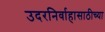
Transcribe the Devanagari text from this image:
उदरनिर्वाहासाठीच्या